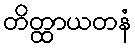
တိတ္ထာယတနံ